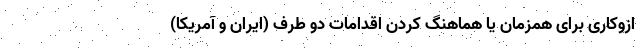
ازوکاری برای همزمان‌ یا هماهنگ‌ کردن اقدامات دو طرف (ایران و آمریکا)